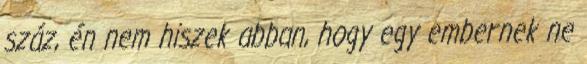
száz, én nem hiszek abban, hogy egy embernek ne